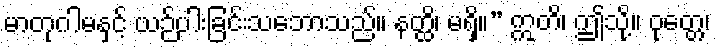
မာတုဂါမနှင့် ယဉ်ပါးခြင်းသဘောသည်။ နတ္ထိ၊ မရှိ။” ဣတိ၊ ဤသို့။ ဝုတ္တေ၊